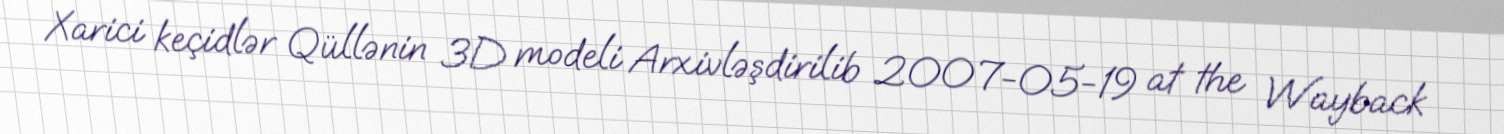
Xarici keçidlər Qüllənin 3D modeli Arxivləşdirilib 2007-05-19 at the Wayback